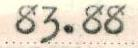
83.88